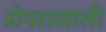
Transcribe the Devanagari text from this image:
ढोपराखाली